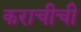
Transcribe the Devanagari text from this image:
कराचीची